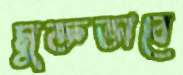
মুক্তভাবে